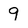
Character: 9